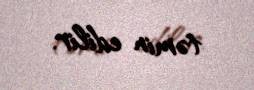
təmin edilir.